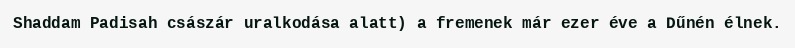
Shaddam Padisah császár uralkodása alatt) a fremenek már ezer éve a Dűnén élnek.